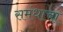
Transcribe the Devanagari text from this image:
समंधाचा